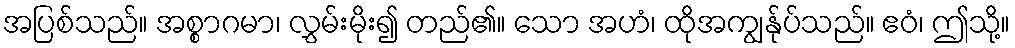
အပြစ်သည်။ အစ္စာဂမာ၊ လွှမ်းမိုး၍ တည်၏။ သော အဟံ၊ ထိုအကျွန်ုပ်သည်။ ဧဝံ၊ ဤသို့။